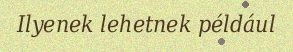
Ilyenek lehetnek például